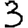
Digit: 3